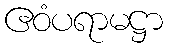
ဧဝံပရာမဋ္ဌာ